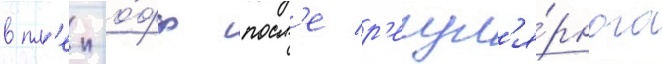
в пл'еи-о́фф посл'е р'егул'я́рного